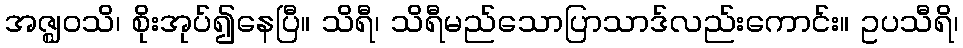
အဇ္ဈဝသိ၊ စိုးအုပ်၍နေပြီ။ သိရီ၊ သိရီမည်သောပြာသာဒ်လည်းကောင်း။ ဥပသီရိ၊